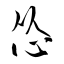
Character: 怂